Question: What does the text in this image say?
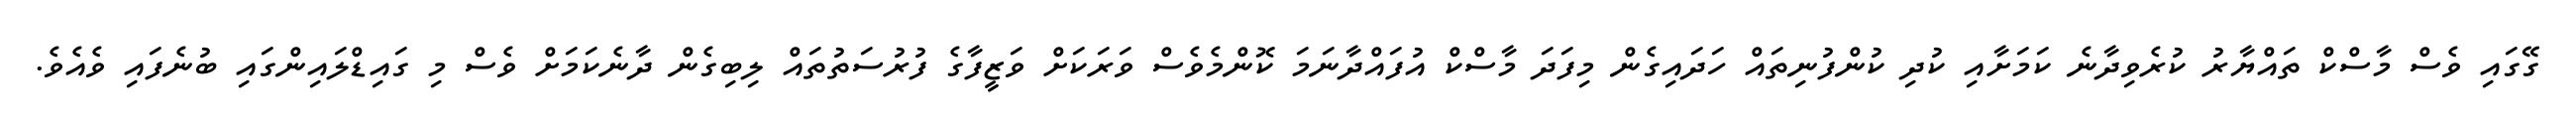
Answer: ގޭގައި ވެސް މާސްކް ތައްޔާރު ކުރެވިދާނެ ކަމަށާއި ކުދި ކުންފުނިތައް ހަދައިގެން މިފަދަ މާސްކް އުފައްދާނަމަ ކޮންމެވެސް ވަރަކަށް ވަޒީފާގެ ފުރުސަތުތައް ލިބިގެން ދާނެކަމަށް ވެސް މި ގައިޑްލައިންގައި ބުނެފައި ވެއެވެ.